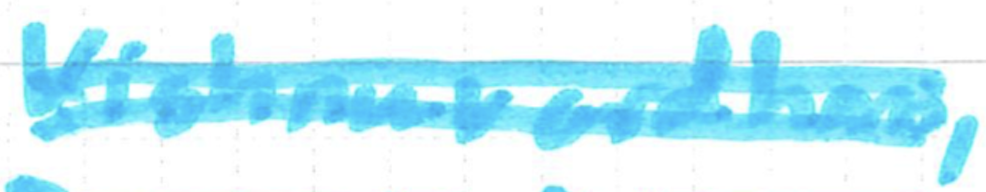
Text: Vishnuvardhan,
Cross-out: double-line
Writing tool: marker